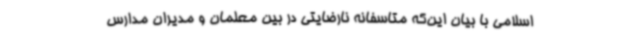
اسلامی با بیان این‌که متاسفانه نارضایتی در بین معلمان و مدیران مدارس